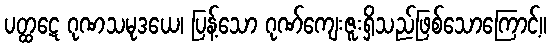
ပတ္ထဋေ ဂုဏသမုဒယေ၊ ပြန့်သော ဂုဏ်ကျေးဇူးရှိသည်ဖြစ်သောကြောင့်။